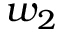
w _ { 2 }